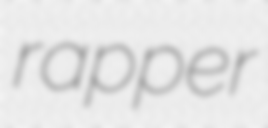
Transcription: rapper